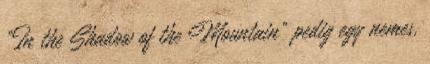
"In the Shadow of the Mountain" pedig egy nemes,